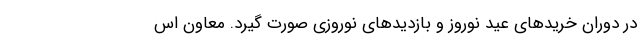
در دوران خریدهای عید نوروز و بازدیدهای نوروزی صورت گیرد. معاون اس